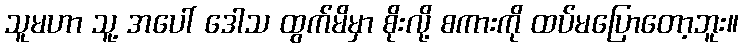
သူမဟာ သူ့ အပေါ် ဒေါသ ထွက်မိမှာ စိုးလို့ စကားကို ထပ်မပြောတော့ဘူး။